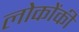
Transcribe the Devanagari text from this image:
लोकोंकी